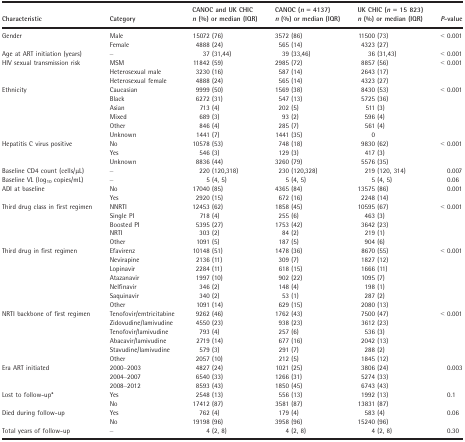
<table><thead><tr><td><b>Characteristic</b></td><td><b>Category</b></td><td><b>CANOC and UK CHIC <i>n</i> (%) or median (IQR)</b></td><td><b>CANOC (<i>n</i> = 4137) <i>n</i> (%) or median (IQR)</b></td><td><b>UK CHIC (<i>n</i> = 15 823) <i>n</i> (%) or median (IQR)</b></td><td><b><i>P</i>‐value</b></td></tr></thead><tbody><tr><td rowspan="2">Gender</td><td>Male</td><td>15072 (76)</td><td>3572 (86)</td><td>11500 (73)</td><td>&lt; 0.001</td></tr><tr><td>Female</td><td>4888 (24)</td><td>565 (14)</td><td>4323 (27)</td><td>[EMPTY_CELL]</td></tr><tr><td>Age at ART initiation (years)</td><td>–</td><td>37 (31,44)</td><td>39 (33,46)</td><td>36 (31,43)</td><td>&lt; 0.001</td></tr><tr><td rowspan="3">HIV sexual transmission risk</td><td>MSM</td><td>11842 (59)</td><td>2985 (72)</td><td>8857 (56)</td><td>&lt; 0.001</td></tr><tr><td>Heterosexual male</td><td>3230 (16)</td><td>587 (14)</td><td>2643 (17)</td><td>[EMPTY_CELL]</td></tr><tr><td>Heterosexual female</td><td>4888 (24)</td><td>565 (14)</td><td>4323 (27)</td><td>[EMPTY_CELL]</td></tr><tr><td rowspan="6">Ethnicity</td><td>Caucasian</td><td>9999 (50)</td><td>1569 (38)</td><td>8430 (53)</td><td rowspan="6">&lt; 0.001</td></tr><tr><td>Black</td><td>6272 (31)</td><td>547 (13)</td><td>5725 (36)</td></tr><tr><td>Asian</td><td>713 (4)</td><td>202 (5)</td><td>511 (3)</td></tr><tr><td>Mixed</td><td>689 (3)</td><td>93 (2)</td><td>596 (4)</td></tr><tr><td>Other</td><td>846 (4)</td><td>285 (7)</td><td>561 (4)</td></tr><tr><td>Unknown</td><td>1441 (7)</td><td>1441 (35)</td><td>0</td></tr><tr><td rowspan="3">Hepatitis C virus positive</td><td>No</td><td>10578 (53)</td><td>748 (18)</td><td>9830 (62)</td><td rowspan="3">&lt; 0.001</td></tr><tr><td>Yes</td><td>546 (3)</td><td>129 (3)</td><td>417 (3)</td></tr><tr><td>Unknown</td><td>8836 (44)</td><td>3260 (79)</td><td>5576 (35)</td></tr><tr><td>Baseline CD4 count (cells/μL)</td><td>–</td><td>220 (120,318)</td><td>230 (120,328)</td><td>219 (120, 314)</td><td>0.007</td></tr><tr><td>Baseline VL (log<sub>10</sub> copies/mL)</td><td>–</td><td>5 (4, 5)</td><td>5 (4, 5)</td><td>5 (4, 5)</td><td>0.06</td></tr><tr><td rowspan="2">ADI at baseline</td><td>No</td><td>17040 (85)</td><td>4365 (84)</td><td>13575 (86)</td><td>0.001</td></tr><tr><td>Yes</td><td>2920 (15)</td><td>672 (16)</td><td>2248 (14)</td><td>[EMPTY_CELL]</td></tr><tr><td rowspan="5">Third drug class in first regimen</td><td>NNRTI</td><td>12453 (62)</td><td>1858 (45)</td><td>10595 (67)</td><td>&lt; 0.001</td></tr><tr><td>Single PI</td><td>718 (4)</td><td>255 (6)</td><td>463 (3)</td><td>[EMPTY_CELL]</td></tr><tr><td>Boosted PI</td><td>5395 (27)</td><td>1753 (42)</td><td>3642 (23)</td><td>[EMPTY_CELL]</td></tr><tr><td>NRTI</td><td>303 (2)</td><td>84 (2)</td><td>219 (1)</td><td>[EMPTY_CELL]</td></tr><tr><td>Other</td><td>1091 (5)</td><td>187 (5)</td><td>904 (6)</td><td>[EMPTY_CELL]</td></tr><tr><td rowspan="7">Third drug in first regimen</td><td>Efavirenz</td><td>10148 (51)</td><td>1478 (36)</td><td>8670 (55)</td><td>&lt; 0.001</td></tr><tr><td>Nevirapine</td><td>2136 (11)</td><td>309 (7)</td><td>1827 (12)</td><td>[EMPTY_CELL]</td></tr><tr><td>Lopinavir</td><td>2284 (11)</td><td>618 (15)</td><td>1666 (11)</td><td>[EMPTY_CELL]</td></tr><tr><td>Atazanavir</td><td>1997 (10)</td><td>902 (22)</td><td>1095 (7)</td><td>[EMPTY_CELL]</td></tr><tr><td>Nelfinavir</td><td>346 (2)</td><td>148 (4)</td><td>198 (1)</td><td>[EMPTY_CELL]</td></tr><tr><td>Saquinavir</td><td>340 (2)</td><td>53 (1)</td><td>287 (2)</td><td>[EMPTY_CELL]</td></tr><tr><td>Other</td><td>1091 (14)</td><td>629 (15)</td><td>2080 (13)</td><td>[EMPTY_CELL]</td></tr><tr><td rowspan="6">NRTI backbone of first regimen</td><td>Tenofovir/emtricitabine</td><td>9262 (46)</td><td>1762 (43)</td><td>7500 (47)</td><td>&lt; 0.001</td></tr><tr><td>Zidovudine/lamivudine</td><td>4550 (23)</td><td>938 (23)</td><td>3612 (23)</td><td>[EMPTY_CELL]</td></tr><tr><td>Tenofovir/lamivudine</td><td>793 (4)</td><td>257 (6)</td><td>536 (3)</td><td>[EMPTY_CELL]</td></tr><tr><td>Abacavir/lamivudine</td><td>2719 (14)</td><td>677 (16)</td><td>2042 (13)</td><td>[EMPTY_CELL]</td></tr><tr><td>Stavudine/lamivudine</td><td>579 (3)</td><td>291 (7)</td><td>288 (2)</td><td>[EMPTY_CELL]</td></tr><tr><td>Other</td><td>2057 (10)</td><td>212 (5)</td><td>1845 (12)</td><td>[EMPTY_CELL]</td></tr><tr><td rowspan="3">Era ART initiated</td><td>2000–2003</td><td>4827 (24)</td><td>1021 (25)</td><td>3806 (24)</td><td>0.003</td></tr><tr><td>2004–2007</td><td>6540 (33)</td><td>1266 (31)</td><td>5274 (33)</td><td>[EMPTY_CELL]</td></tr><tr><td>2008–2012</td><td>8593 (43)</td><td>1850 (45)</td><td>6743 (43)</td><td>[EMPTY_CELL]</td></tr><tr><td rowspan="2">Lost to follow‐upa</td><td>Yes</td><td>2548 (13)</td><td>556 (13)</td><td>1992 (13)</td><td>0.1</td></tr><tr><td>No</td><td>17412 (87)</td><td>3581 (87)</td><td>13831 (87)</td><td>[EMPTY_CELL]</td></tr><tr><td rowspan="2">Died during follow‐up</td><td>Yes</td><td>762 (4)</td><td>179 (4)</td><td>583 (4)</td><td>0.06</td></tr><tr><td>No</td><td>19198 (96)</td><td>3958 (96)</td><td>15240 (96)</td><td>[EMPTY_CELL]</td></tr><tr><td>Total years of follow‐up</td><td>–</td><td>4 (2, 8)</td><td>4 (2, 8)</td><td>4 (2, 8)</td><td>0.30</td></tr></tbody></table>